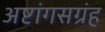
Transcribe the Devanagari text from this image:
अष्टांगसग्रंह